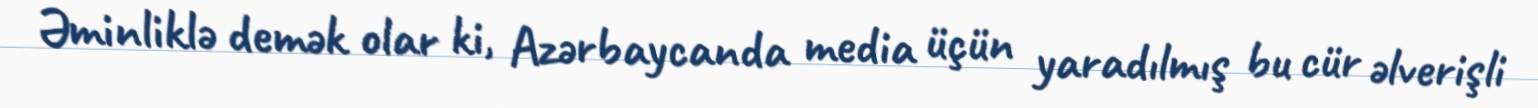
Əminliklə demək olar ki, Azərbaycanda media üçün yaradılmış bu cür əlverişli